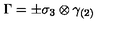
\Gamma = \pm \sigma _ { 3 } \otimes \gamma _ { ( 2 ) }